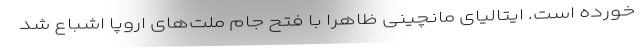
خورده است. ایتالیای مانچینی ظاهرا با فتح جام ملت‌های اروپا اشباع شد